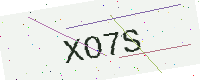
Text: XO7S